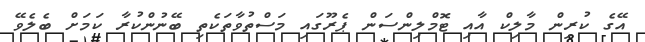
އޭގެ ކުރިން މާލިކް އާއި ޓޮމްލިންސަން ޕެރޫގައި މަސްތުވާތަކެތި ބޭނުންކުރާ ކަމަށް ބެލެވޭ